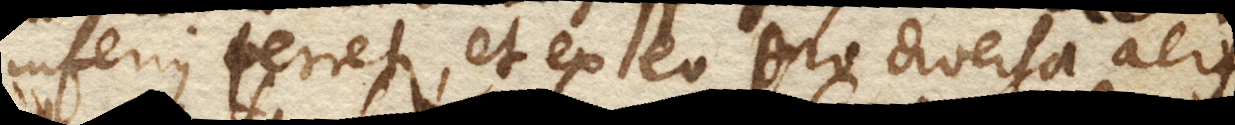
inferius ferretur, et ex eo pro diversa aeris